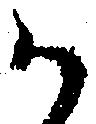
か